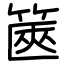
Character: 篋